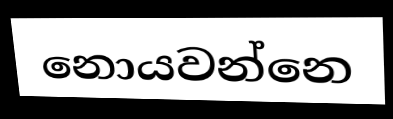
නොයවන්නෙ